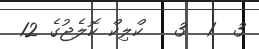
3  1  3   ކްލިކް ކޮލެޖުގެ 12